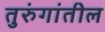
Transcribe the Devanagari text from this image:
तुरुंगांतील